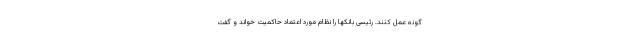
گونه عمل کنند. رئیسی بانکها را نظام مورد اعتماد حاکمیت خواند و گفت